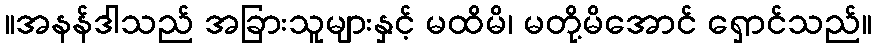
။အနန်ဒါသည် အခြားသူများနှင့် မထိမိ၊ မတို့မိအောင် ရှောင်သည်။